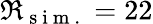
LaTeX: \Re_{\mathrm{~s~i~m~.~}}=22